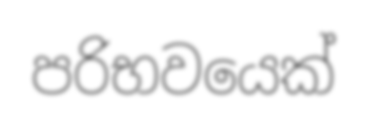
පරිභවයෙක්